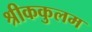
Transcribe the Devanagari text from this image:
श्रीककुलम